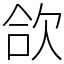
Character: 欱